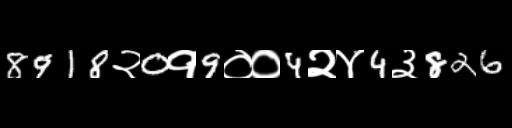
Text: 8918२0१9००4२४4३826